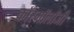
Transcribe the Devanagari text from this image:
कॉस्मॉलॉजी